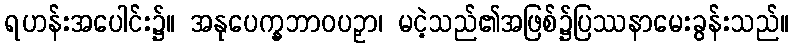
ရဟန်းအပေါင်း၌။ အနုပေက္ခဘာဝပဉှာ၊ မငဲ့သည်၏အဖြစ်၌ပြဿနာမေးခွန်းသည်။